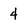
Character: 4